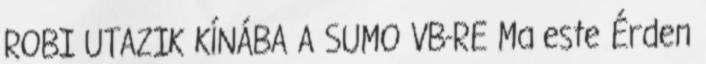
ROBI UTAZIK KÍNÁBA A SUMO VB-RE Ma este Érden